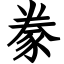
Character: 豢